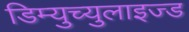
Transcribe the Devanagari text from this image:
डिम्युच्युलाइज्ड